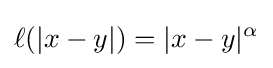
\ell (|x-y|)=|x-y|^{\alpha }